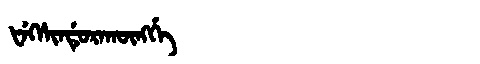
Manchu: ᡶᡝᡴᠰᡳᠨᡩᡠᡵᠠᡴᡡᠩᡤᡝ
Romanization: FEKSINDURAKŪNGGE